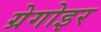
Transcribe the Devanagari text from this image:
ग्रेगोइर